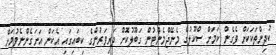
ކުދިންތަކަކަށް ވެގެން ކަމަށް ސްކޫލުގެ މެނޭޖްމެންޓުން ގަބޫލުކޮށް ދަރިވަރުންގެ ކިބައިގައި އެކަން އަށަގެންނެވުމަށް